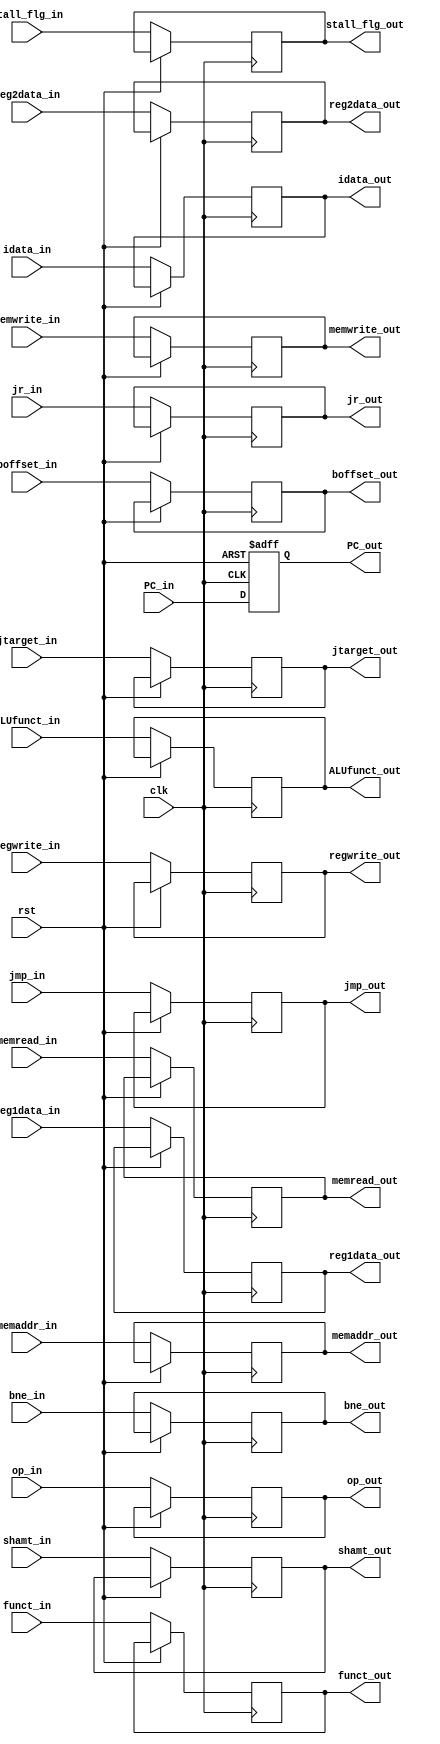
/*
* 	Nathan Chinn
* 	Minion CPU - NanoQuarter
*
*	Module:  Stage1.v
*	Purpose: Stalls all necessary data 1 clock cycle
*
*
*/

module Stage1( input 			clk,
			 		rst,

		input[15:0]		reg1data_in,	// Register 1 data	
			       		reg2data_in,	// Register 2 data	
		input[7:0]		jtarget_in,	// Target to jump to 
		input[7:0]		idata_in,	// Immediate Data
		input[5:0]		memaddr_in,	// Memory address
		input[4:0]		boffset_in,	// Branch Offset
		input[2:0]		funct_in,	// function code
		input[2:0]		ALUfunct_in,	// ALU function Code
		input[1:0]		op_in,		// operation code
		input[1:0]		shamt_in,	// Shift amount code
		input			jr_in,		// jump register?  - as of 9/8/16 I have forgot what this is supposed to do...
		input			regwrite_in,
		input			jmp_in,
		input			stall_flg_in,
		input			bne_in,
		input			memread_in,
		input			memwrite_in,
	        input[31:0]		PC_in,

		output reg[15:0]	reg1data_out,	// Register 1 data	
		       			reg2data_out,	// Register 2 data	
		output reg[7:0]		jtarget_out,	// Target to jump to 
		output reg[7:0]		idata_out,	// Immediate Data
		output reg[5:0]		memaddr_out,	// Memory address
		output reg[4:0]		boffset_out,	// Branch Offset
		output reg[2:0]		funct_out,	// function code
		output reg[2:0]		ALUfunct_out,	// ALU function Code
		output reg[1:0]		op_out,		// operation code
		output reg[1:0]		shamt_out,	// Shift Amount code
		output reg		jr_out,		// jump register?  - as of 9/8/16 I have forgot what this is supposed to do...
		output reg		regwrite_out,
		output reg		jmp_out,
		output reg		stall_flg_out,
		output reg		bne_out,
		output reg		memread_out,
		output reg		memwrite_out,
	        output reg[31:0]	PC_out
	  );

	always @(posedge clk or posedge rst) 
	begin
		if(rst == 1)
		begin
			PC_out <= 0;
		end
		else
		begin
			reg1data_out 	<= reg1data_in;
			reg2data_out 	<= reg2data_in;
			jtarget_out  	<= jtarget_in;
			memaddr_out  	<= memaddr_in;
			boffset_out  	<= boffset_in;
			funct_out    	<= funct_in;
			op_out    	<= op_in;
			ALUfunct_out 	<= ALUfunct_in;
			shamt_out    	<= shamt_in;
			jr_out 	     	<= jr_in;
			jmp_out		<= jmp_in;
			stall_flg_out	<= stall_flg_in;
			regwrite_out	<= regwrite_in;
			bne_out		<= bne_in;
			memread_out	<= memread_in;
			memwrite_out	<= memwrite_in;
			PC_out	     	<= PC_in;
			idata_out	<= idata_in;
		end
	end

endmodule